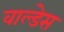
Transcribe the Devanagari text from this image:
वाल्डेस